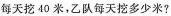
每天挖40米，乙队每天挖多少米?